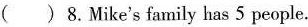
( )8.Mike's family has 5 people.